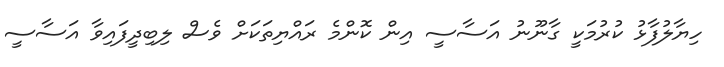
ހިޔާލުފާޅު ކުރުމަކީ ގާނޫނު އަސާސީ އިން ކޮންމެ ރައްޔިތަކަށް ވެސް ލިބިދީފައިވާ އަސާސީ